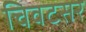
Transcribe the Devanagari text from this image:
चिवटसर